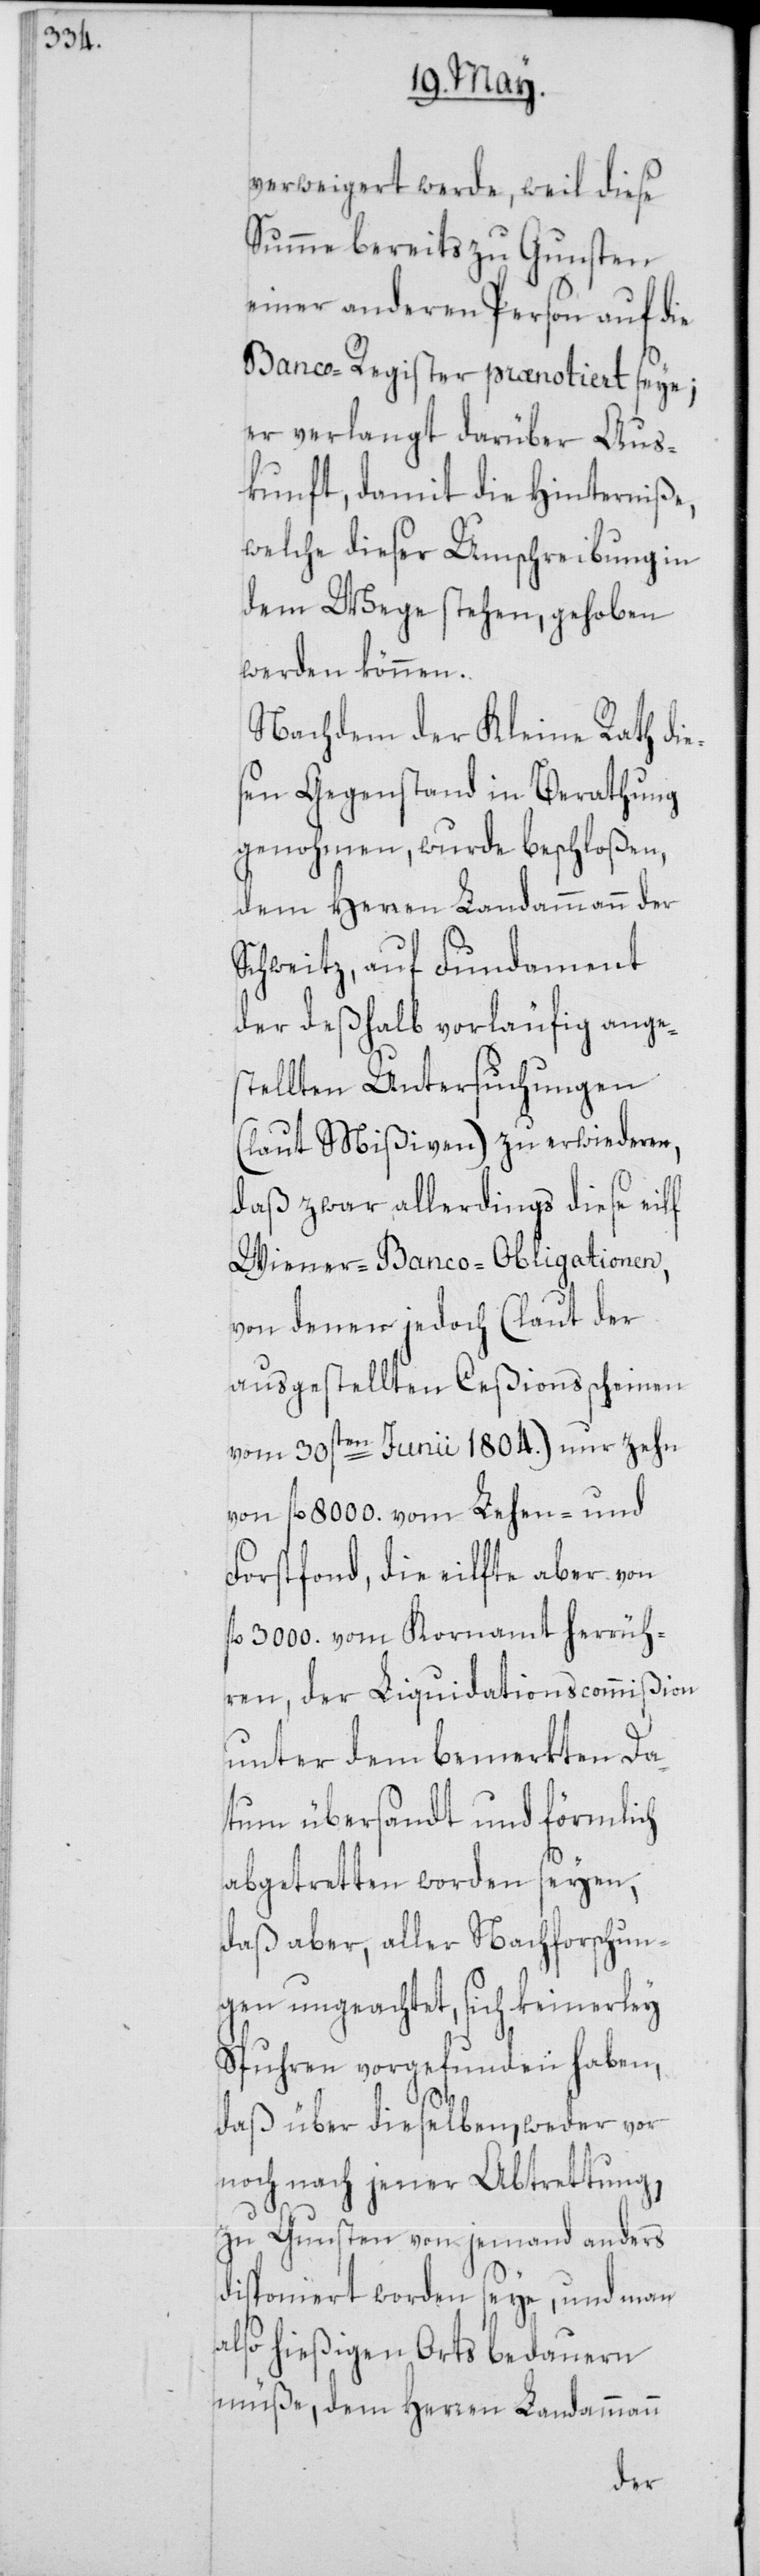
verweigert werde, weil diese
Summe bereits zu Gunsten
einer anderen Person auf die
Banco-Register prænotiert seye;
er verlangt darüber Aus¬
kunft, damit die Hinderniße,
welche dieser Umschreibung in
dem Wege stehen, gehoben
werden können.
Nachdem der Kleine Rath die¬
sen Gegenstand in Berathung
genohmen, wurde beschloßen,
dem Herren Landammann der
Schweitz, auf Fundament
der deßhalb vorläufig anges¬
tellten Untersuchungen
(laut Mißiven) zu erwiederen,
daß zwar allerdings diese eilf
Wiener-Banco-Obligationen,
von denen jedoch (laut der
ausgestellten Ceßionsscheinen
vom 30sten Junii 1804.) nur zehn
von fl. 8000. vom Lehen- und
Forstfond, die eilfte aber von
fl. 3000. vom Kornamt herrüh¬
ren, der Liquidationscommißion
unter dem bemerkten Da¬
tum übersandt und förmlich
abgetretten worden seyen,
daß aber, aller Nachforschun¬
gen ungeachtet, sich keinerley
Spuhren vorgefunden haben,
daß über dieselben, weder vor
noch nach jener Abtrettung,
zu Gunsten von jemand anders
dispioniert worden seye, und man
also hießigen Orts bedauern
müße, dem Herren Landammann